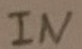
Text: IN